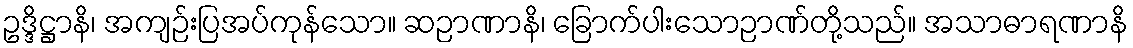
ဥဒ္ဒိဋ္ဌာနိ၊ အကျဉ်းပြအပ်ကုန်သော။ ဆဉာဏာနိ၊ ခြောက်ပါးသောဉာဏ်တို့သည်။ အသာဓာရဏာနိ